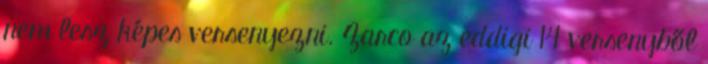
nem lesz képes versenyezni. Zarco az eddigi 14 versenyből